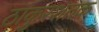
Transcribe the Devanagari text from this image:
ठाकुरशतक